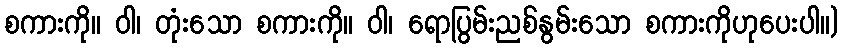
စကားကို။ ဝါ၊ တုံးသော စကားကို။ ဝါ၊ ရောပြွမ်းညစ်နွမ်းသော စကားကိုဟုပေးပါ။)